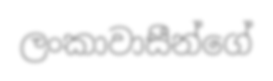
ලංකාවාසීන්ගේ